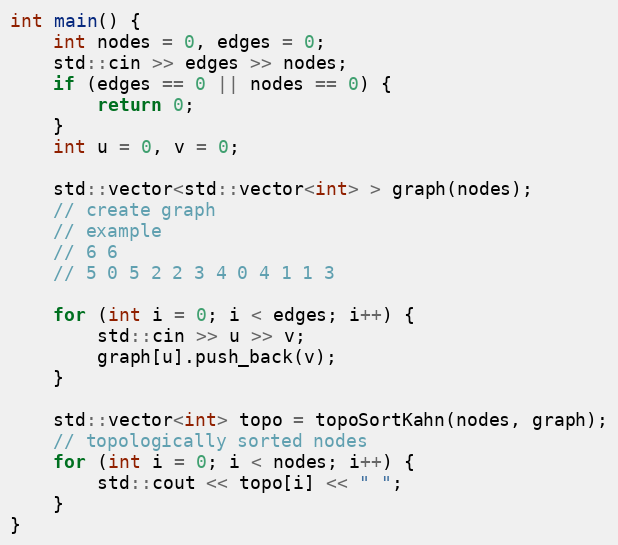
Language: C++
int main() {
    int nodes = 0, edges = 0;
    std::cin >> edges >> nodes;
    if (edges == 0 || nodes == 0) {
        return 0;
    }
    int u = 0, v = 0;

    std::vector<std::vector<int> > graph(nodes);
    // create graph
    // example
    // 6 6
    // 5 0 5 2 2 3 4 0 4 1 1 3

    for (int i = 0; i < edges; i++) {
        std::cin >> u >> v;
        graph[u].push_back(v);
    }

    std::vector<int> topo = topoSortKahn(nodes, graph);
    // topologically sorted nodes
    for (int i = 0; i < nodes; i++) {
        std::cout << topo[i] << " ";
    }
}